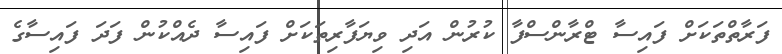
ފަރާތްތަކަށް ފައިސާ ޓްރާންސްފާ ކުރުން އަދި ވިޔަފާރިތަކަށް ފައިސާ ދެއްކުން ފަދަ ފައިސާގެ